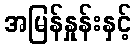
အမြန်နှုန်းနှင့်